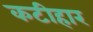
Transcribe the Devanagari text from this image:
कटीहार